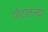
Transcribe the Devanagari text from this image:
पोटातल्या